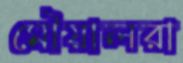
মৌয়ালরা